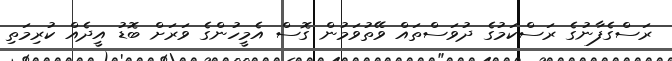
ރަސްގެފާނުގެ ރަސްކަމުގެ ދުވަސްތައް ވޭތުވަމުން ގޮސް އެމީހުންގެ ވަރަށް ބޮޑު އީދެއް ކުރިމަތި